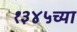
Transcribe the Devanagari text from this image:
१३४५च्या